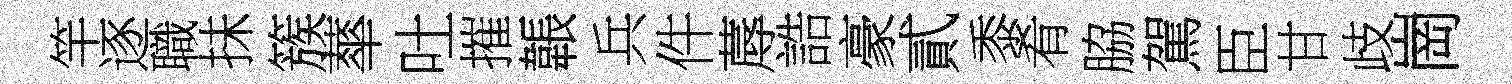
竿逐職抺簇蕐吐摧韔兵件蓐誥豪貳黍肴脇駕臣甘歧崗